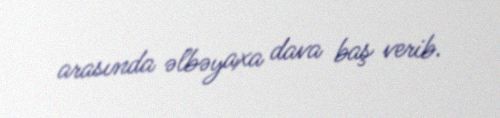
arasında əlbəyaxa dava baş verib.